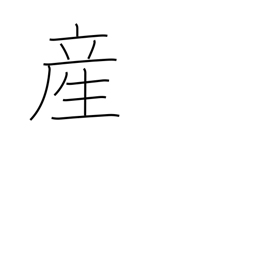
Meaning: childbirth